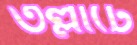
তল্লাটে